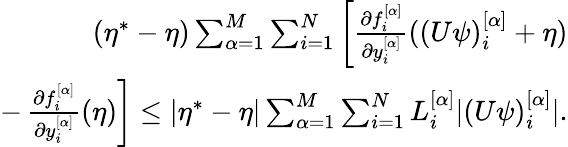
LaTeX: \begin{array}{r}{(\eta^{*}-\eta)\sum_{\alpha=1}^{M}\sum_{i=1}^{N}\left[\frac{\partial f_{i}^{[\alpha]}}{\partial y_{i}^{[\alpha]}}((U\psi)_{i}^{[\alpha]}+\eta)\right.}\\ {-\left.\frac{\partial f_{i}^{[\alpha]}}{\partial y_{i}^{[\alpha]}}(\eta)\right]\leq|\eta^{*}-\eta|\sum_{\alpha=1}^{M}\sum_{i=1}^{N}L_{i}^{[\alpha]}|(U\psi)_{i}^{[\alpha]}|.}\end{array}